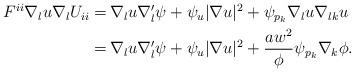
LaTeX: \begin{align*}\begin{aligned} F^{ii} \nabla_{l} u \nabla_l U_{ii} = \,& \nabla_{l} u \nabla'_{l} \psi + \psi_u |\nabla u|^2 + \psi_{p_k} \nabla_{l} u \nabla_{lk} u \\ = \,& \nabla_{l} u \nabla'_{l} \psi + \psi_u |\nabla u|^2 + \frac{a w^2}{\phi} \psi_{p_k} \nabla_k \phi. \end{aligned}\end{align*}